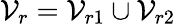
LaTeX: \mathcal{V}_{r}=\mathcal{V}_{r1}\cup\mathcal{V}_{r2}